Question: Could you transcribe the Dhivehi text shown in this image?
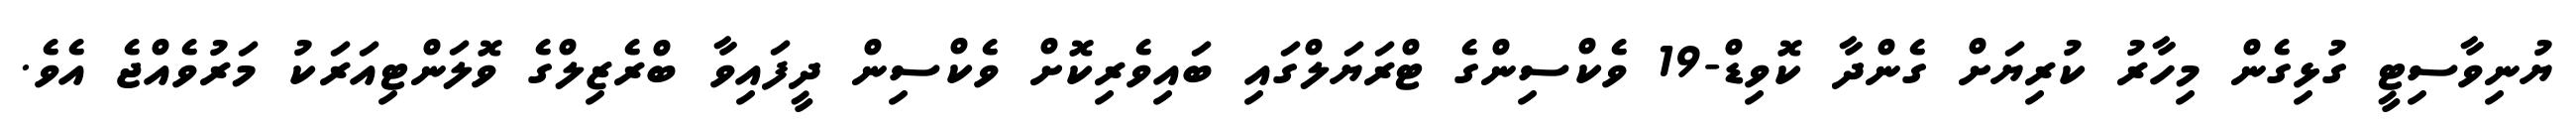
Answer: ޔުނިވާސިޓީ ގުޅިގެން މިހާރު ކުރިޔަށް ގެންދާ ކޮވިޑް-19 ވެކްސިންގެ ޓްރަޔަލްގައި ބައިވެރިކޮށް ވެކްސިން ދީފައިވާ ބްރެޒިލްގެ ވޮލަންޓިއަރަކު މަރުވެއްޖެ އެވެ.